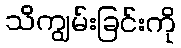
သိကျွမ်းခြင်းကို